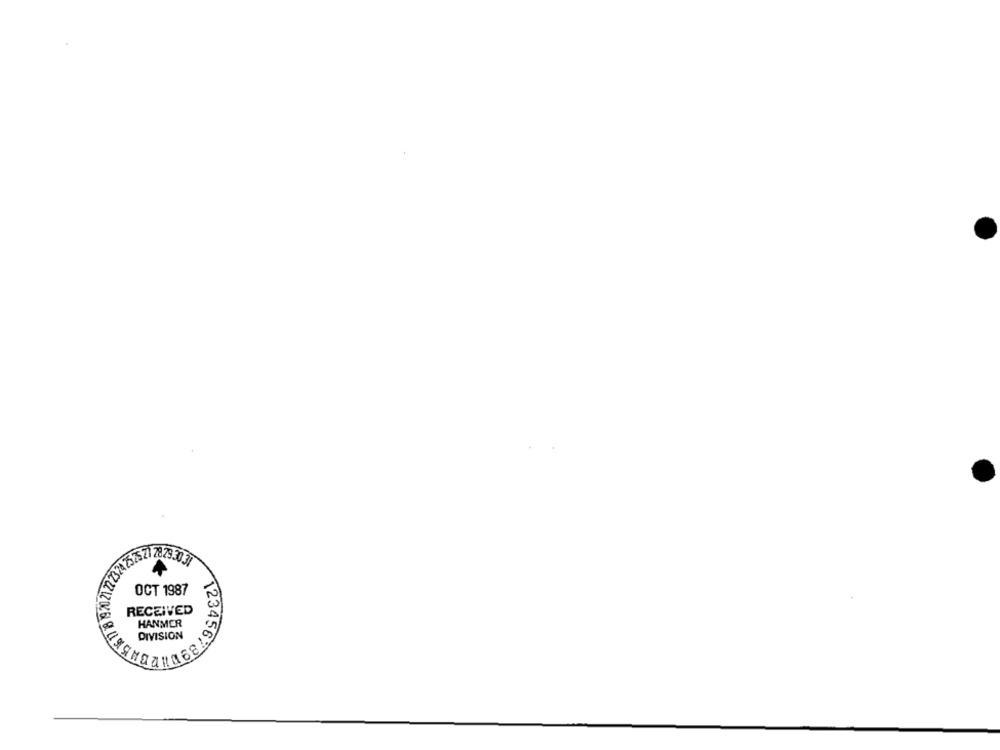
324252521 78 29 30 31
OCT 1987
RECEIVED
HANMER
DIVISION
123456789